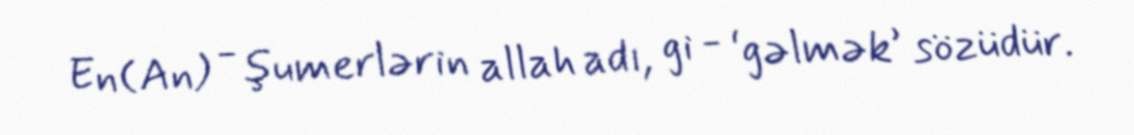
En(An) - şumerlərin allah adı, gi - ‘gəlmək’ sözüdür.